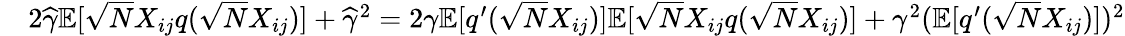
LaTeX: \begin{array}{rl}&{2\widehat\gamma\mathbb{E}[\sqrt{N}X_{ij}q(\sqrt{N}X_{ij})]+\widehat\gamma^{2}=2\gamma\mathbb{E}[q^{\prime}(\sqrt{N}X_{ij})]\mathbb{E}[\sqrt{N}X_{ij}q(\sqrt{N}X_{ij})]+\gamma^{2}(\mathbb{E}[q^{\prime}(\sqrt{N}X_{ij})])^{2}}\end{array}